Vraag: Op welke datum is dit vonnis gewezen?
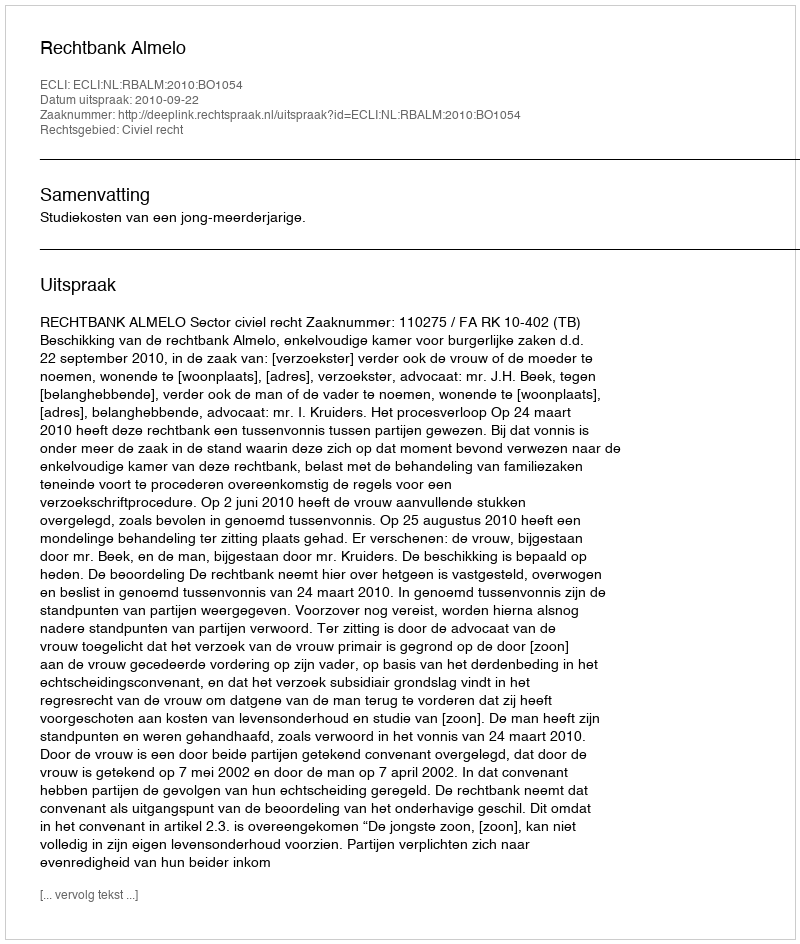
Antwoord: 2010-09-22